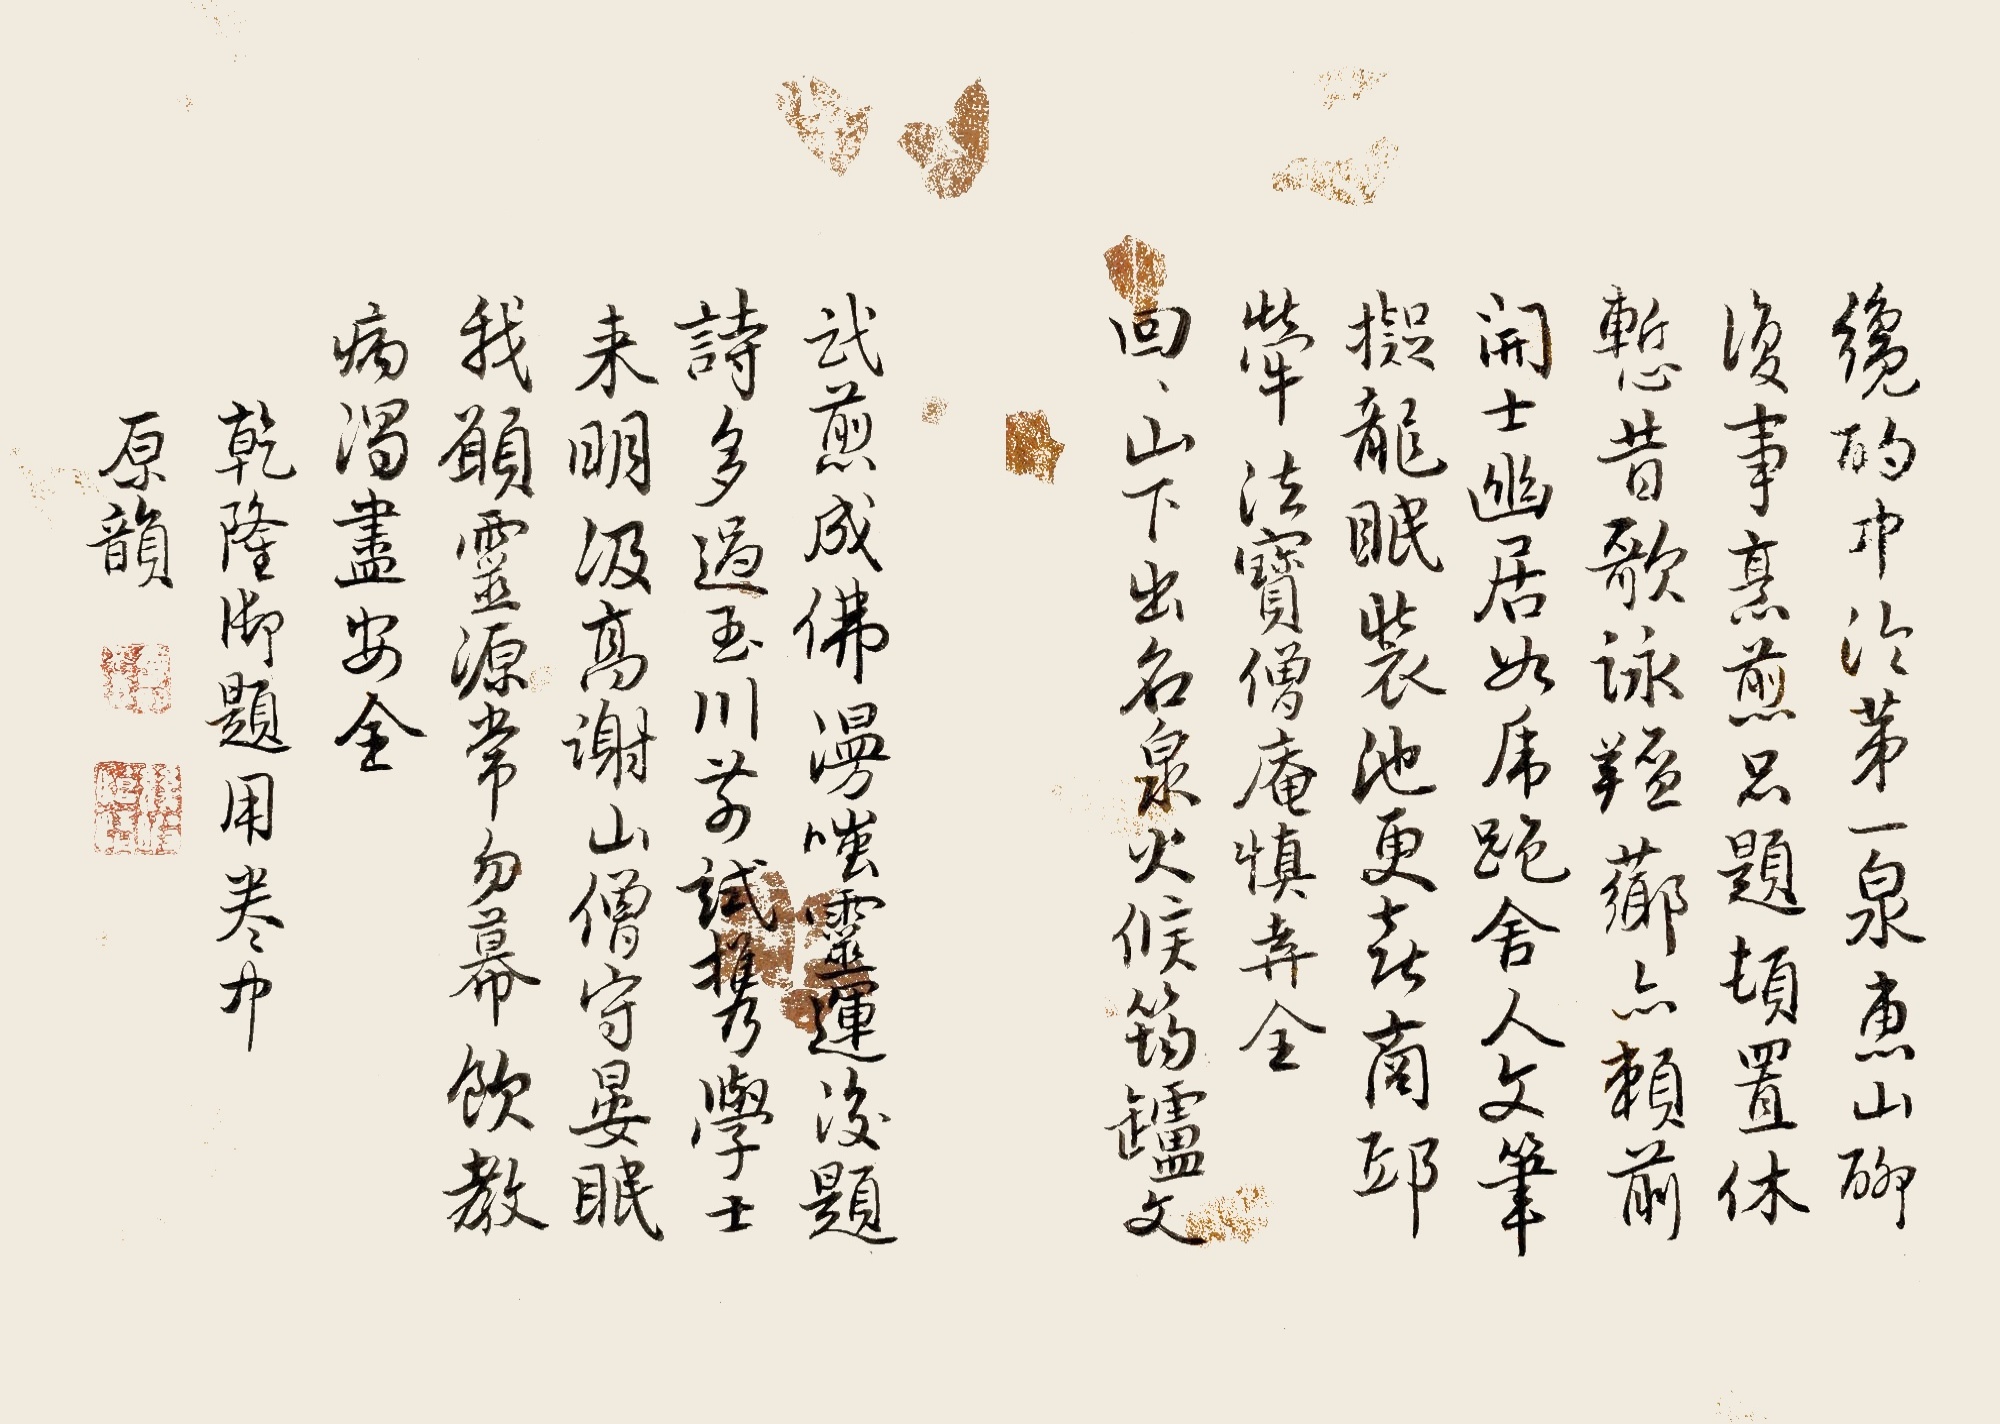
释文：才酌中泠第一泉，惠山聊复事烹煎。品题顿置休惭昔，歌泳膻芗亦赖前。开士幽居如虎跑，舍人文笔拟龙眠。装池更喜商邱荤，法宝僧庵慎弆全。回回山下出名泉，火候筠垆文武煎。成佛漫嗤灵运后，题诗多过玉川前。试携学士来明汲，高谢山僧守晏眠。我愿灵源常勿幕，饮教病渴尽安全。乾隆御题用卷中原韵。